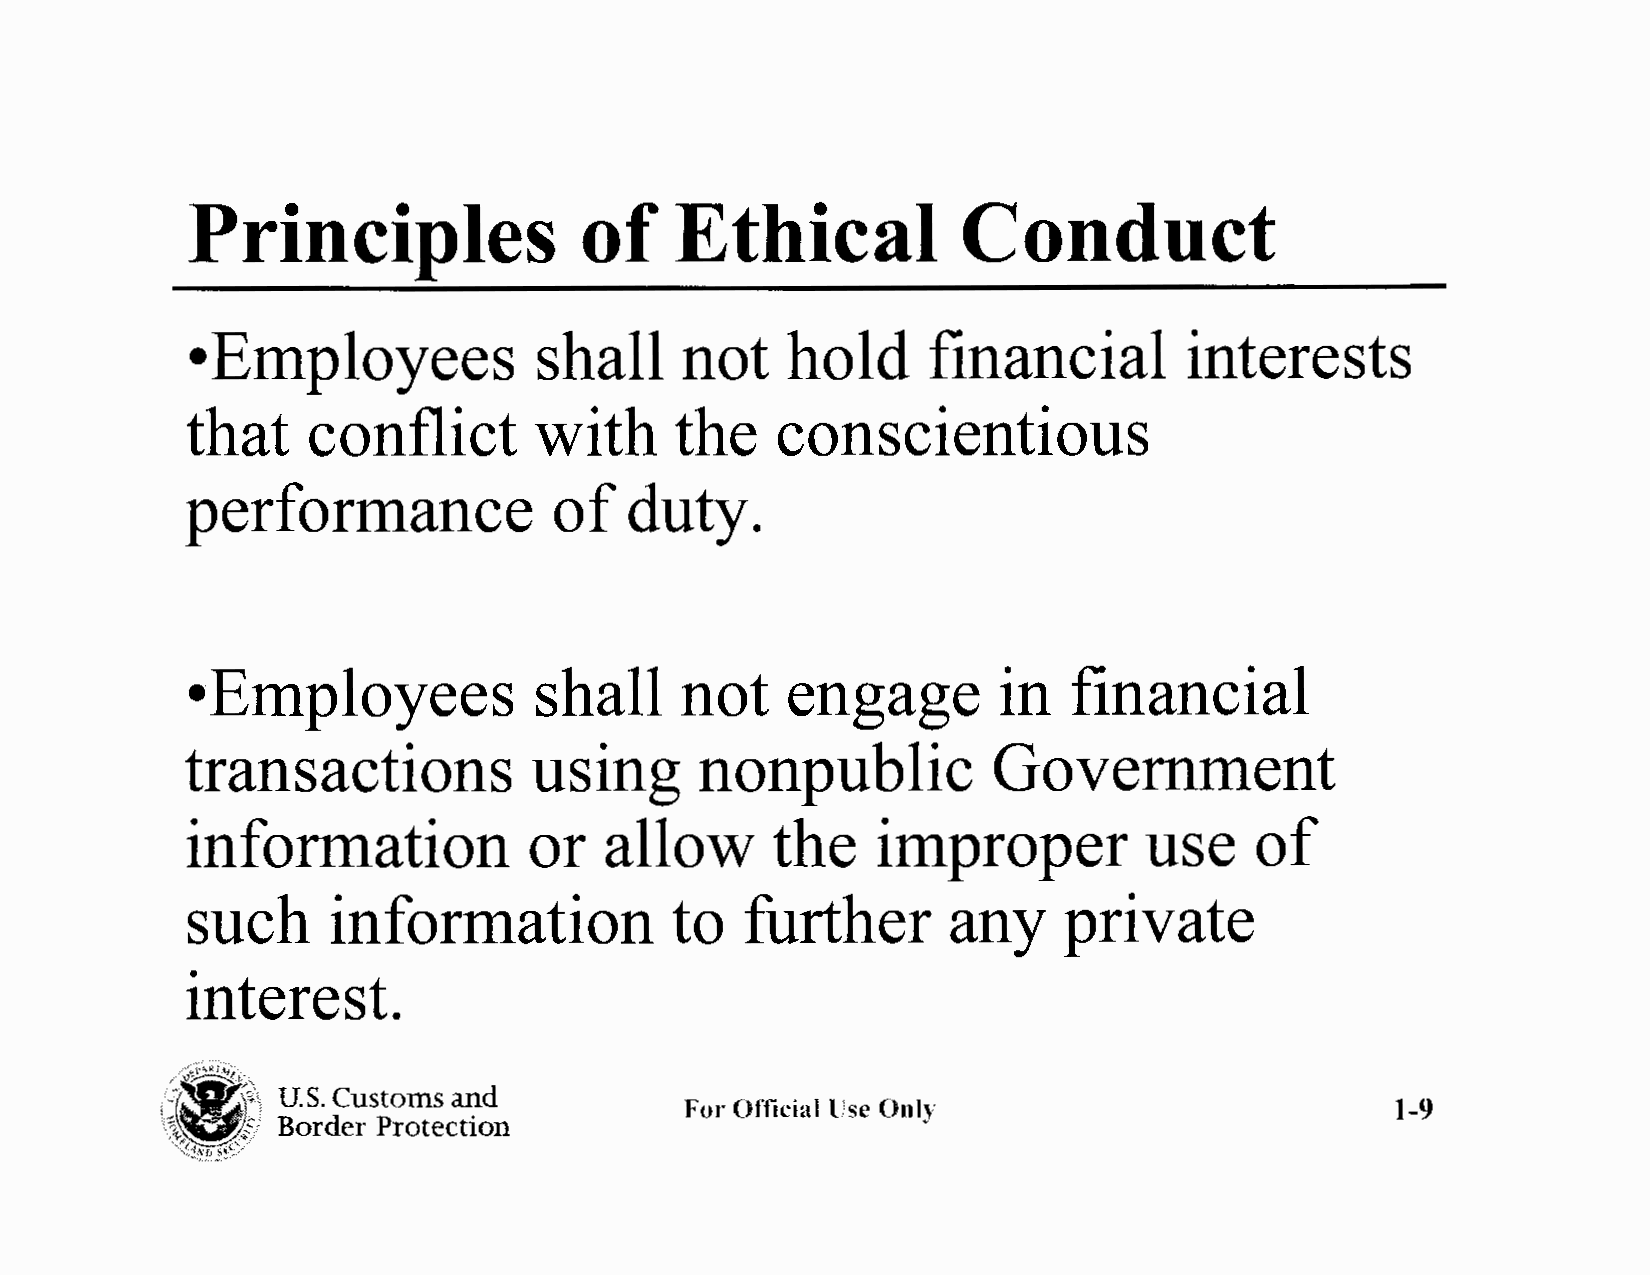
Principles                of     Ethical            Conduct
 •E   mployees          shall     not    hold     financial        interests
 that    conflict       with      the   conscientious
 performance              of  duty.
 •Employees             shall     not    engage        in   financial
 transactions           using      nonpublic           Government
 information            or   allow      the    improper          use    of
 such      information           to   further       any    private
 interest.
 /.ii ~;~,,;/
 ,:·   'r' U.S. Customs and
 For Official Use Only                          1-9
 \\.S;  Border Protection
 -,"t~·P ..~ ~>-